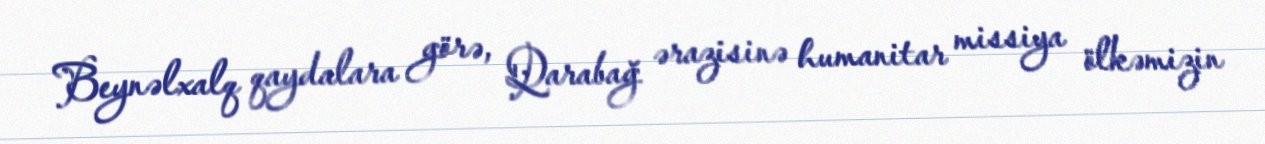
Beynəlxalq qaydalara görə, Qarabağ ərazisinə humanitar missiya ölkəmizin